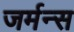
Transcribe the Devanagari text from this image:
जर्मन्स